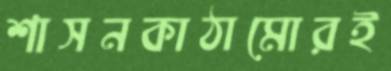
শাসনকাঠামোরই